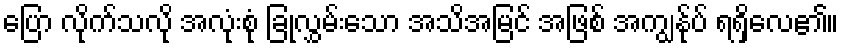
ပြော လိုက်သလို အလုံးစုံ ခြုံလွှမ်းသော အသိအမြင် အဖြစ် အကျွန်ုပ် ရရှိလေ၏။